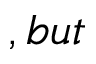
, b u t